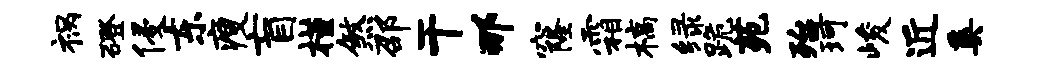
祸磴侵东瘦盲槿煞邵干那窿霜槁绿跪苑殆珂峻近奚